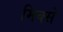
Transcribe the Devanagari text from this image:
मिक्से